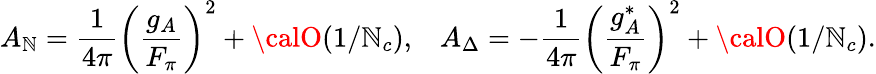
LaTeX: A_{\mathbb{N}}=\frac{{1}}{{4\pi}}\left(\frac{{g_{A}}}{{F_{\pi}}}\right)^{2}+{\calO}(1/\mathbb{N}_{c}),\; \; \; A_{\Delta}=-\frac{{1}}{{4\pi}}\left(\frac{{g_{A}^{*}}}{{F_{\pi}}}\right)^{2}+{\calO}(1/\mathbb{N}_{c}).